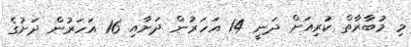
މި މުބާރާތް ކުރިއަށް ދަނީ 14 އަހަރުން ދަށާއި 16 އަހަރުން ދަށުގެ